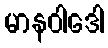
မာနဝါဒေါ